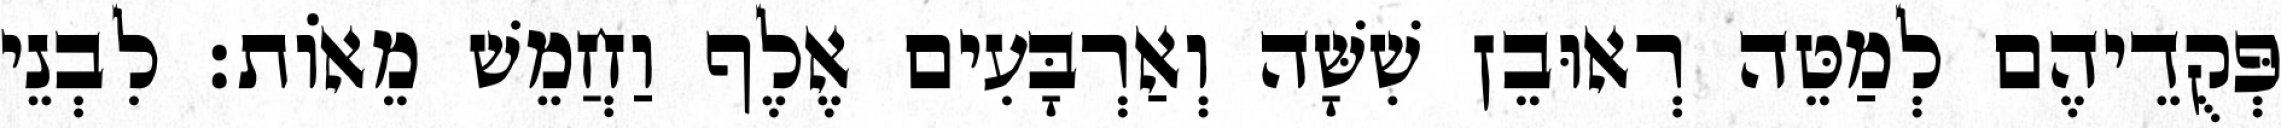
פְּקֻדֵיהֶם לְמַטֵּה רְאוּבֵן שִׁשָּׁה וְאַרְבָּעִים אֶלֶף וַחֲמֵשׁ מֵאוֹת׃ לִבְנֵי